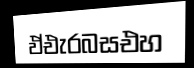
ඵ්එැරබසඑහ